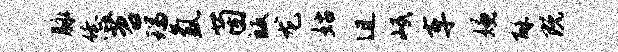
脉恁苕瑞氲茵皈龙姑迫岷车嫌酥既